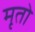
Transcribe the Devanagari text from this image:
मृतो